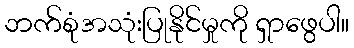
ဘက်စုံအသုံးပြုနိုင်မှုကို ရှာဖွေပါ။